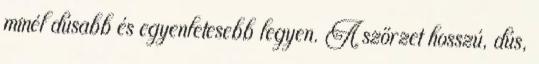
minél dúsabb és egyenletesebb legyen. A szőrzet hosszú, dús,